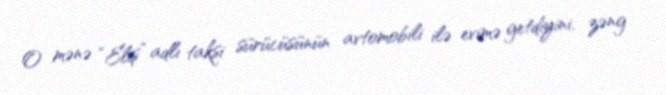
O mənə “Eliş” adlı taksi sürücüsünün avtomobili ilə evimə getdiyini, zəng